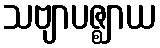
သဗျာပဇ္ဈာယ